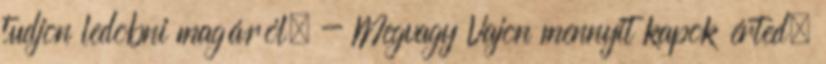
tudjon ledobni magáról. - Megvagy Vajon mennyit kapok érted,